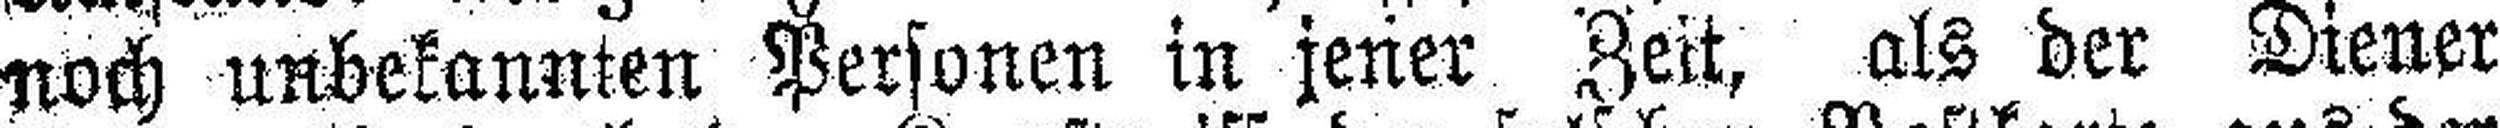
noch unbekannten Personen in jener Zeit, als der Diener